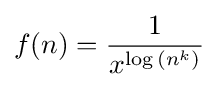
f(n)={\frac {1}{x^{\log {(n^{k})}}}}